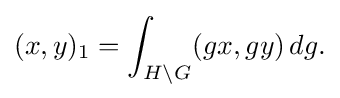
\displaystyle {(x,y)_{1}=\int _{H\backslash G}(gx,gy)\,dg.}